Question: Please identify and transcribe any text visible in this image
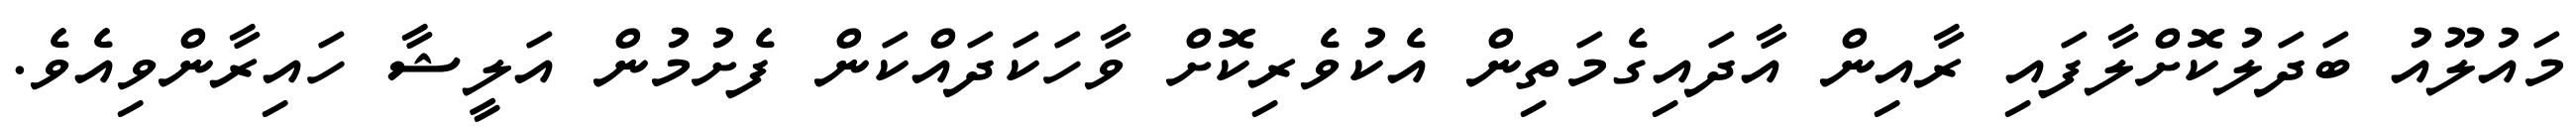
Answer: މައުލޫއު ބަދަލުކޮށްލާފައި ރާއިން އާދައިގެމަތިން އެކުވެރިކޮށް ވާހަކަދައްކަން ފެށުމުން އަލީޝާ ހައިރާންވިއެވެ.